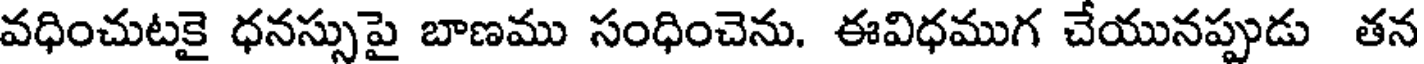
వధించుటకై ధనస్సుపై బాణము సంధించెను. ఈవిధముగ చేయునప్పుడు తన